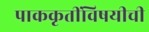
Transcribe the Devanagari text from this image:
पाककृतींविषयीची